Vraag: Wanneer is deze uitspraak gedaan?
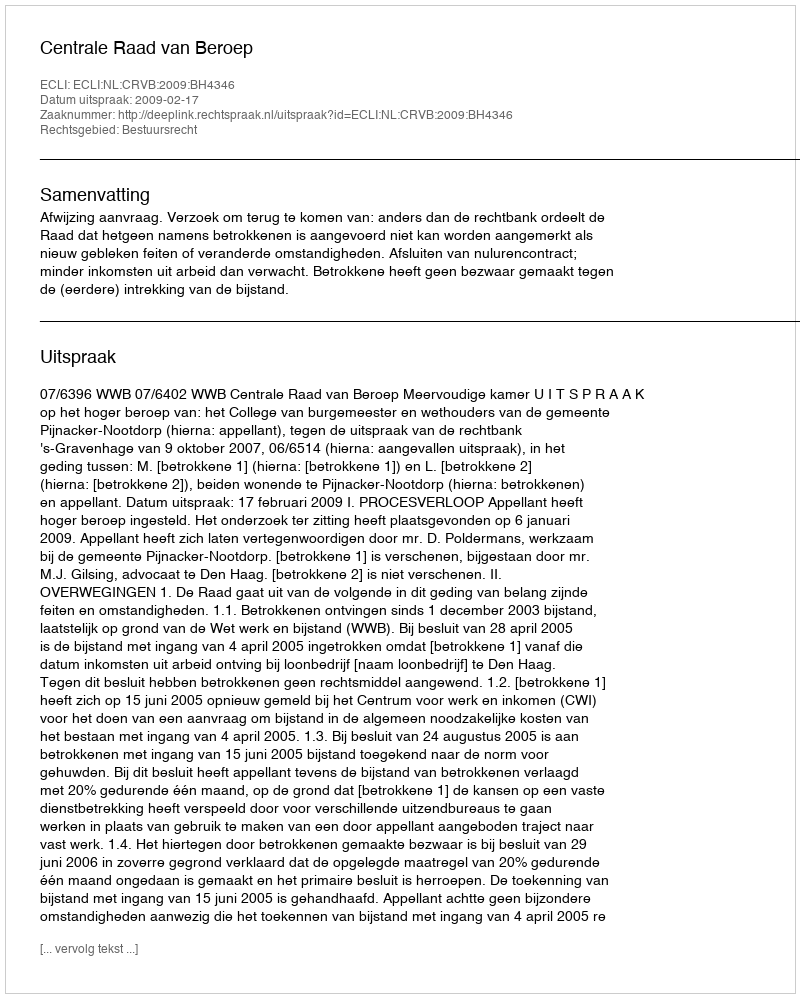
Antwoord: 2009-02-17